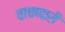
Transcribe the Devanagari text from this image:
वाचणारी